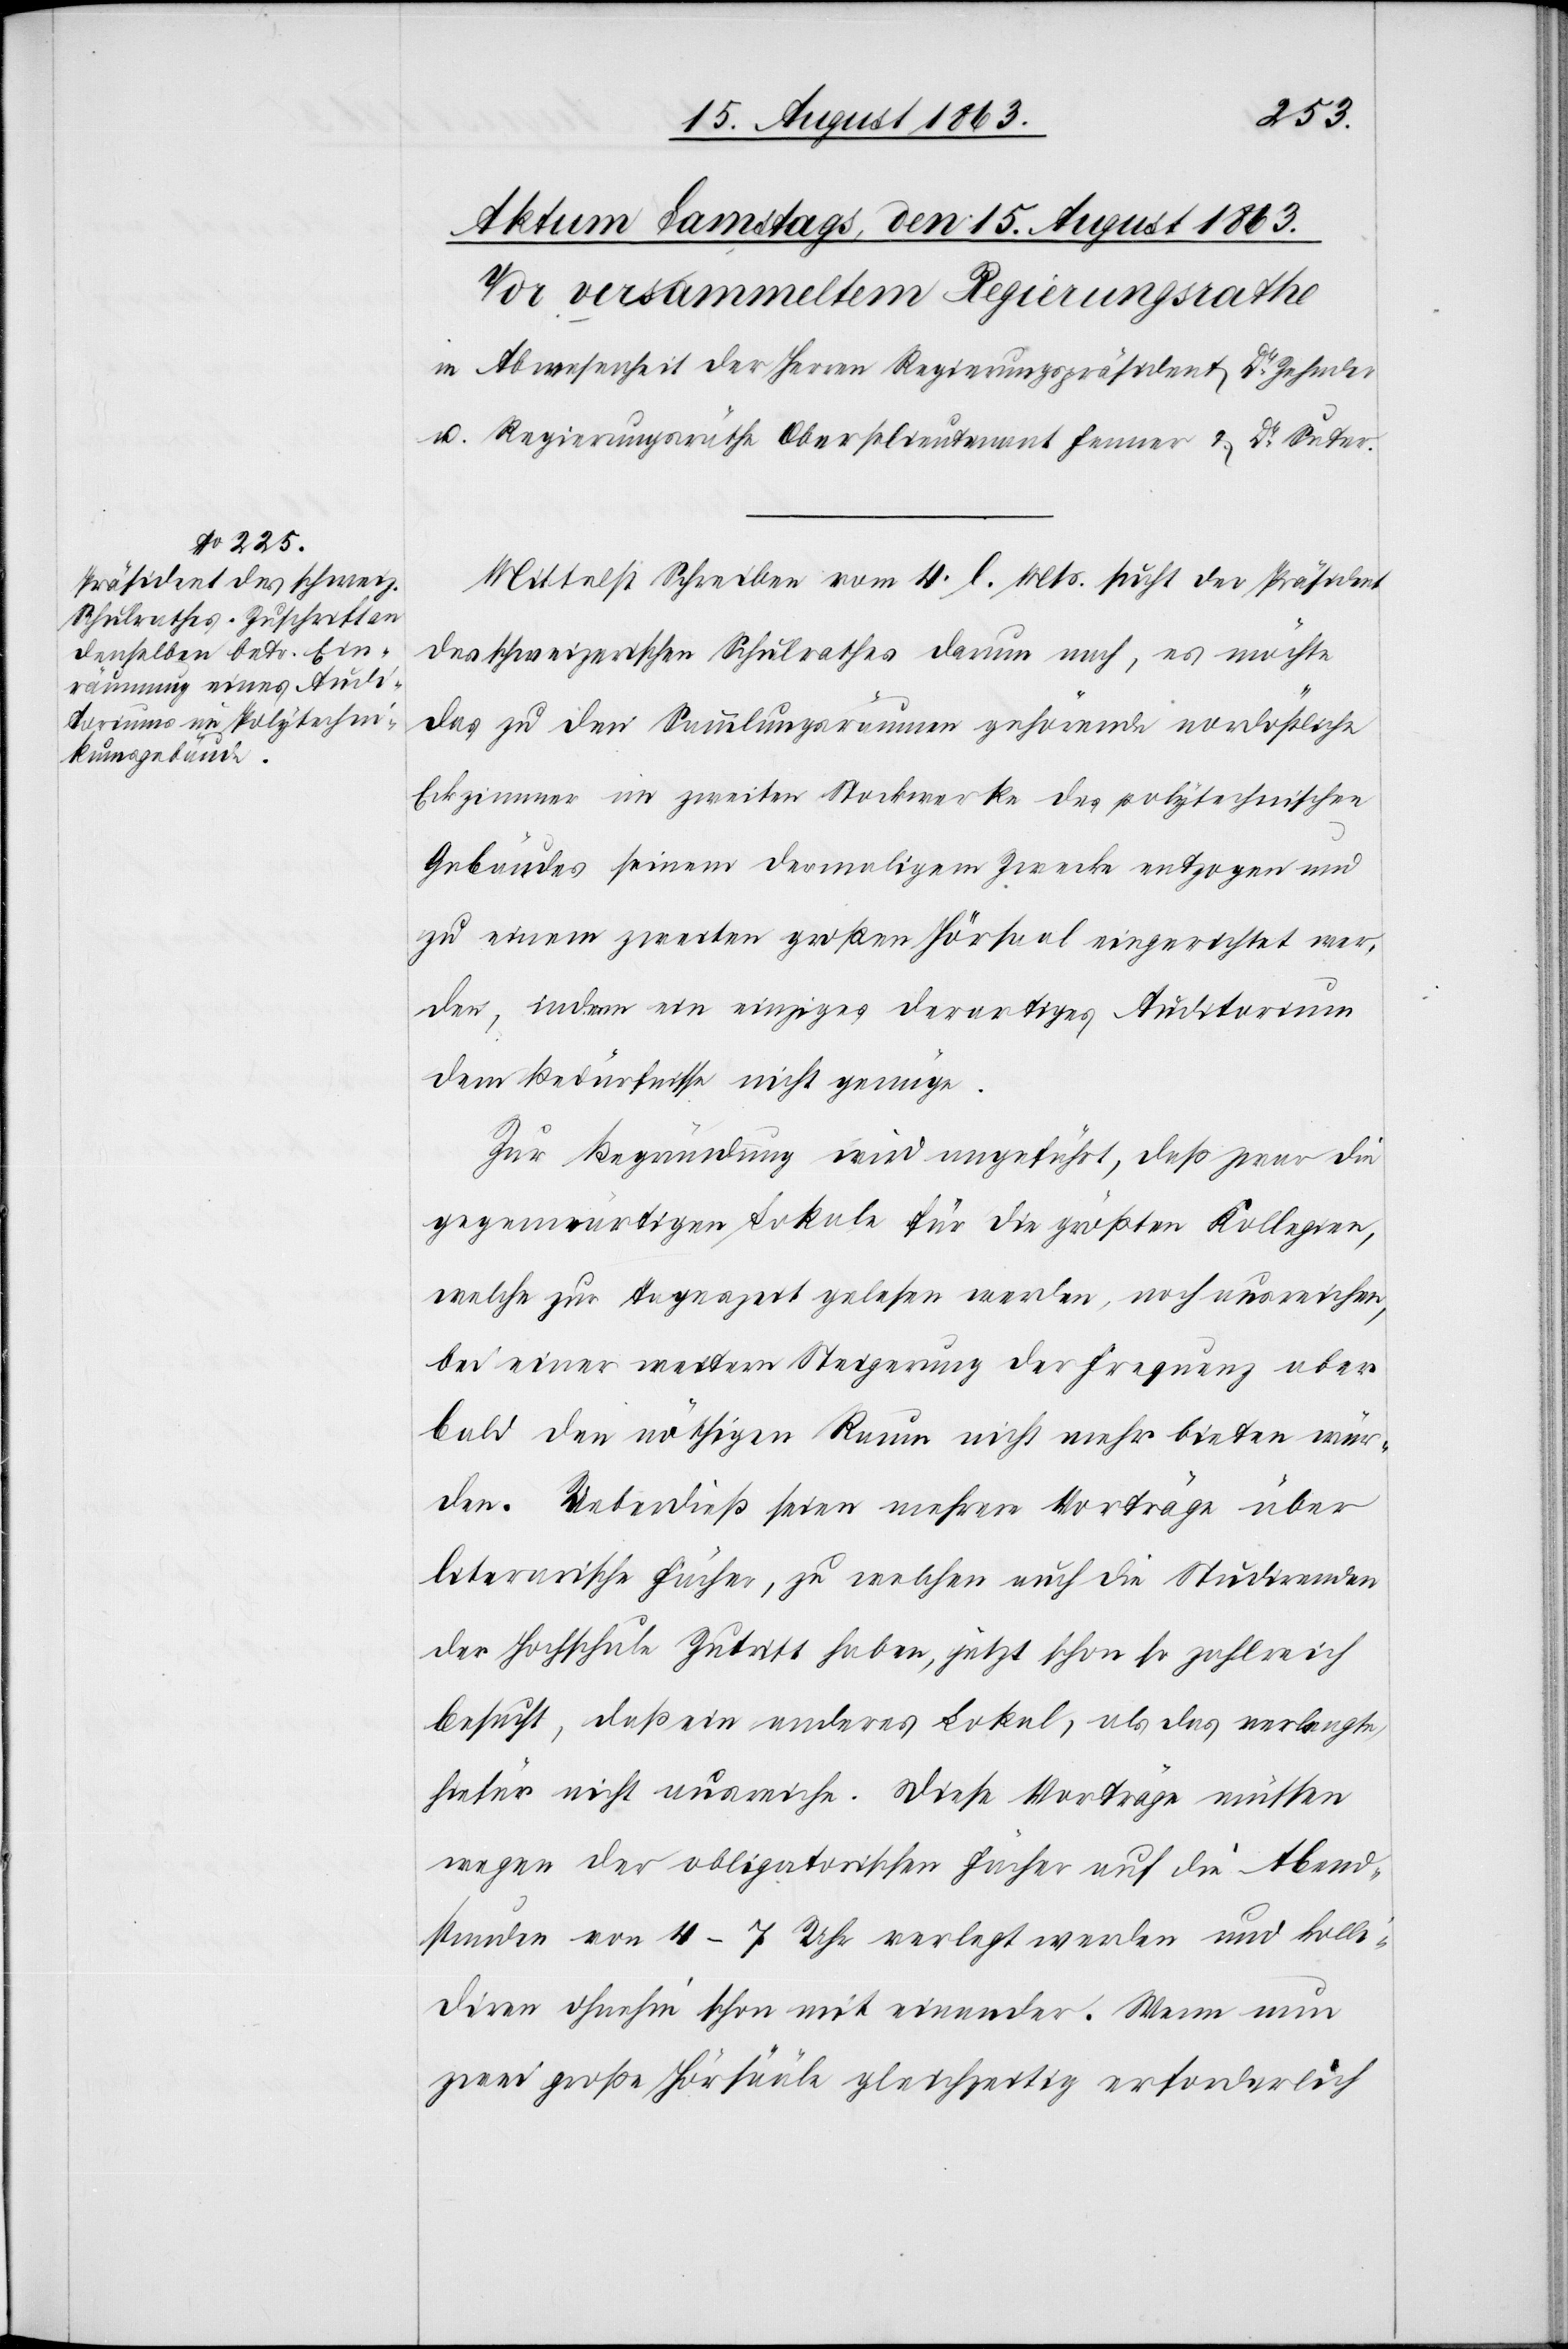
Mittelst Schreiben vom 4. l. Mts. sucht der Präsident
des schweizerischen Schulrathes darum nach, es möchte
das zu den Sammlungsräumen gehörende nordöstliche
Eckzimmer im zweiten Stockwerke des polytechnischen
Gebäudes seinem dermaligem [sic!] Zwecke entzogen und
zu einem zweiten großen Hörsaal eingerichtet wer¬
den, indem ein einziges derartiges Auditorium
dem Bedürfnisse nicht genüge.
Zur Begründung wird angeführt, daß zwar die
gegenwärtigen Lokale für die größten Kollegien,
welche zur Tageszeit gelesen werden, noch ausreichen,
bei einer weitern Steigerung der Frequenz aber
bald den nöthigen Raum nicht mehr bieten wür¬
den. Ueberdieß seien mehrere Vorträge über
literarische Fächer, zu welchen auch die Studirenden
der Hochschule Zutritt haben, jetzt schon so zahlreich
besucht, daß ein anderes Lokal, als das verlangte,
hiefür nicht ausreiche. Diese Vorträge müssen
wegen der obligatorischen Fächer auf die Abend¬
stunden von 4–7 Uhr verlegt werden und kolli¬
diren ohnehin schon mit einander. Wenn nun
zwei große Hörsääle gleichzeitig erforderlich